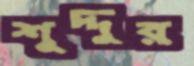
শূদ্দুর